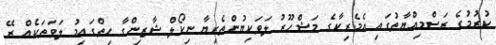
ކުރުމުގެ ރަސްމިއްޔާތުގައި އެމެރިކާގެ މަޝްހޫރު ލަވަކިޔުންތެރިޔާ ނިކޯލް ޝާޒިންގާ ހިތްގައިމު ލަވަތަކެއް ރޭ